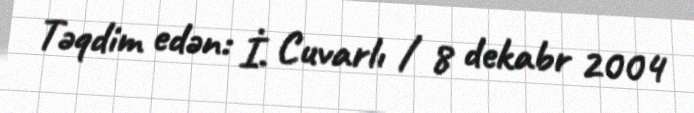
Təqdim edən: İ. Cuvarlı / 8 dekabr 2004